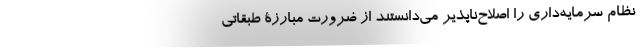
نظام سرمایه‌داری را اصلاح‌ناپذیر می‌دانستند از ضرورت مبارزۀ طبقاتی